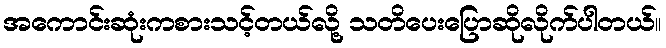
အကောင်းဆုံးကစားသင့်တယ်လို့ သတိပေးပြောဆိုလိုက်ပါတယ်။